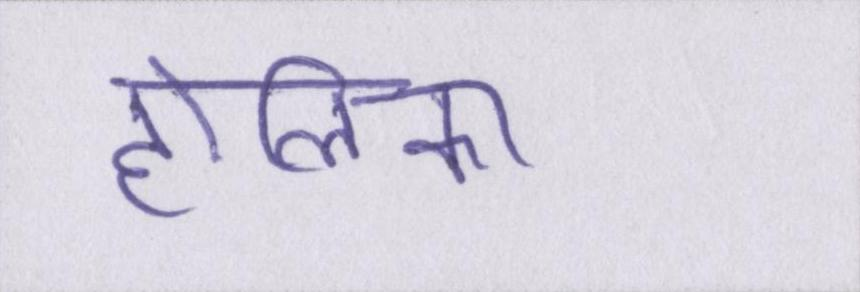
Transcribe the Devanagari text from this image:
होलिका